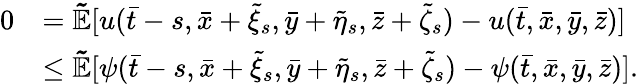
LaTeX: \begin{array}{rl}{0}&{=\mathbb{\tilde{E}}[u(\bar{t}-s,\bar{x}+\tilde{\xi}_{s},\bar{y}+\tilde{\eta}_{s},\bar{z}+\tilde{\zeta}_{s})-u(\bar{t},\bar{x},\bar{y},\bar{z})]}\\ &{\leq\mathbb{\tilde{E}}[\psi(\bar{t}-s,\bar{x}+\tilde{\xi}_{s},\bar{y}+\tilde{\eta}_{s},\bar{z}+\tilde{\zeta}_{s})-\psi(\bar{t},\bar{x},\bar{y},\bar{z})].}\end{array}